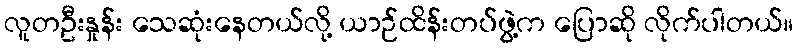
လူတဦးနှုန်း သေဆုံးနေတယ်လို့ ယာဉ်ထိန်းတပ်ဖွဲ့က ပြောဆို လိုက်ပါတယ်။